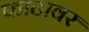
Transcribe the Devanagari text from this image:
फाटावर